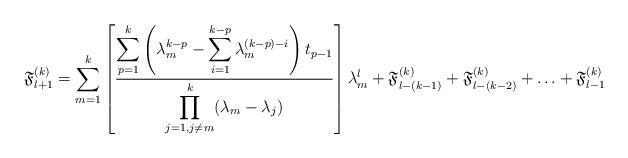
LaTeX: \begin{align*}\mathfrak{F}_{l+1}^{(k)} = \displaystyle\sum_{m=1}^{k} \left[\frac{\displaystyle\sum_{p=1}^{k}\left(\lambda_m^{k-p}-\displaystyle\sum_{i=1}^{k-p}\lambda_m^{(k-p)-i}\right)t_{p-1}}{\displaystyle \prod_{j=1, j\neq m}^{k}(\lambda_m - \lambda_j)} \right] \lambda_m^l +\mathfrak{F}_{l-(k-1)}^{(k)}+\mathfrak{F}_{l-(k-2)}^{(k)}+ \ldots +\mathfrak{F}_{l-1}^{(k)}\end{align*}